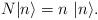
LaTeX: \begin{align*}N \vert n \rangle = n~ \vert n \rangle.\end{align*}